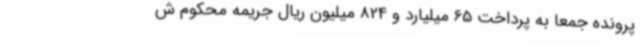
پرونده جمعاً به پرداخت 65 میلیارد و 824 میلیون ریال جریمه محکوم ش